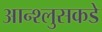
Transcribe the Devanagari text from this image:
आन्श्लुसकडे